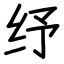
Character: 纾